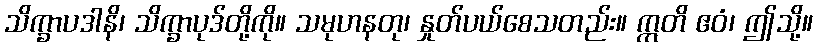
သိက္ခာပဒါနိ၊ သိက္ခာပုဒ်တို့ကို။ သမုဟနတု၊ နှုတ်ပယ်စေသတည်း။ ဣတိ ဧဝံ၊ ဤသို့။